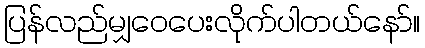
ပြန်လည်မျှဝေပေးလိုက်ပါတယ်နော်။